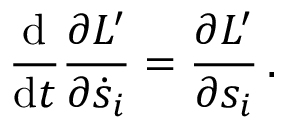
{ \frac { \mathrm { d } } { \mathrm { d } t } } { \frac { \partial L ^ { \prime } } { \partial { \dot { s } } _ { i } } } = { \frac { \partial L ^ { \prime } } { \partial s _ { i } } } \, .